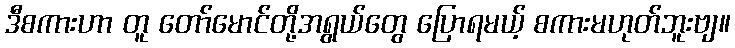
ဒီစကားဟာ တူ တော်မောင်တို့အရွယ်တွေ ပြောရမယ့် စကားမဟုတ်ဘူးဗျ။